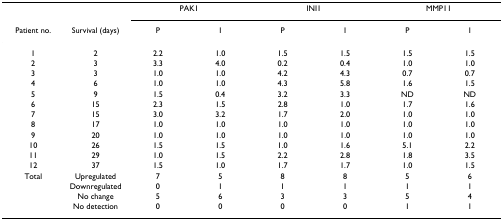
<table><thead><tr><td></td><td></td><td colspan="2"><b>PAK1</b></td><td colspan="2"><b>INI1</b></td><td colspan="2"><b>MMP11</b></td></tr><tr><td><b>Patient no.</b></td><td><b>Survival (days)</b></td><td><b>P</b></td><td><b>I</b></td><td><b>P</b></td><td><b>I</b></td><td><b>P</b></td><td><b>I</b></td></tr></thead><tbody><tr><td>1</td><td>2</td><td>2.2</td><td>1.0</td><td>1.5</td><td>1.5</td><td>1.5</td><td>1.5</td></tr><tr><td>2</td><td>3</td><td>3.3</td><td>4.0</td><td>0.2</td><td>0.4</td><td>1.0</td><td>1.0</td></tr><tr><td>3</td><td>3</td><td>1.0</td><td>1.0</td><td>4.2</td><td>4.3</td><td>0.7</td><td>0.7</td></tr><tr><td>4</td><td>6</td><td>1.0</td><td>1.0</td><td>4.3</td><td>5.8</td><td>1.6</td><td>1.5</td></tr><tr><td>5</td><td>9</td><td>1.5</td><td>0.4</td><td>3.2</td><td>3.3</td><td>ND</td><td>ND</td></tr><tr><td>6</td><td>15</td><td>2.3</td><td>1.5</td><td>2.8</td><td>1.0</td><td>1.7</td><td>1.6</td></tr><tr><td>7</td><td>15</td><td>3.0</td><td>3.2</td><td>1.7</td><td>2.0</td><td>1.0</td><td>1.0</td></tr><tr><td>8</td><td>17</td><td>1.0</td><td>1.0</td><td>1.0</td><td>1.0</td><td>1.0</td><td>1.0</td></tr><tr><td>9</td><td>20</td><td>1.0</td><td>1.0</td><td>1.0</td><td>1.0</td><td>1.0</td><td>1.0</td></tr><tr><td>10</td><td>26</td><td>1.5</td><td>1.5</td><td>1.0</td><td>1.6</td><td>5.1</td><td>2.2</td></tr><tr><td>11</td><td>29</td><td>1.0</td><td>1.5</td><td>2.2</td><td>2.8</td><td>1.8</td><td>3.5</td></tr><tr><td>12</td><td>37</td><td>1.5</td><td>1.0</td><td>1.7</td><td>1.7</td><td>1.0</td><td>1.5</td></tr><tr><td>Total</td><td>Upregulated</td><td>7</td><td>5</td><td>8</td><td>8</td><td>5</td><td>6</td></tr><tr><td></td><td>Downregulated</td><td>0</td><td>1</td><td>1</td><td>1</td><td>1</td><td>1</td></tr><tr><td></td><td>No change</td><td>5</td><td>6</td><td>3</td><td>3</td><td>5</td><td>4</td></tr><tr><td></td><td>No detection</td><td>0</td><td>0</td><td>0</td><td>0</td><td>1</td><td>1</td></tr></tbody></table>